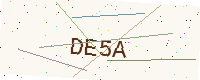
Text: DE5A